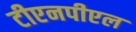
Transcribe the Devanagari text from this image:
टीएनपीएल